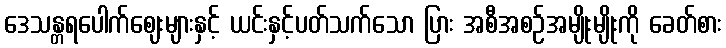
ဒေသန္တရပေါက်ဈေးများနှင့် ယင်းနှင့်ပတ်သက်သော ပြား အစီအစဉ်အမျိုးမျိုးကို ခေတ်စား